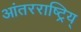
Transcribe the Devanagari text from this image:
आंतरराष्ट्रिय्